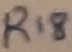
Text: R18